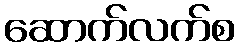
ဆောက်လက်စ